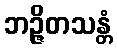
ဘဉ္ဇိတသန္တံ